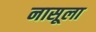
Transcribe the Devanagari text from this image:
नासूला